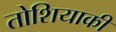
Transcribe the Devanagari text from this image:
तोशियाकी